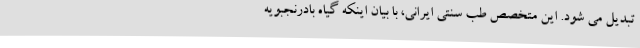
تبدیل می شود. این متخصص طب سنتی ایرانی، با بیان اینکه گیاه بادرنجبویه